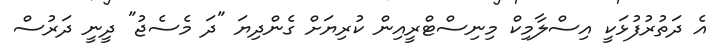
އެ ދަތުރުފުޅަކީ އިސްލާމިކް މިނިސްޓްރީއިން ކުރިޔަށް ގެންދިޔަ "ދަ މެސެޖު" ދީނީ ދަރުސް